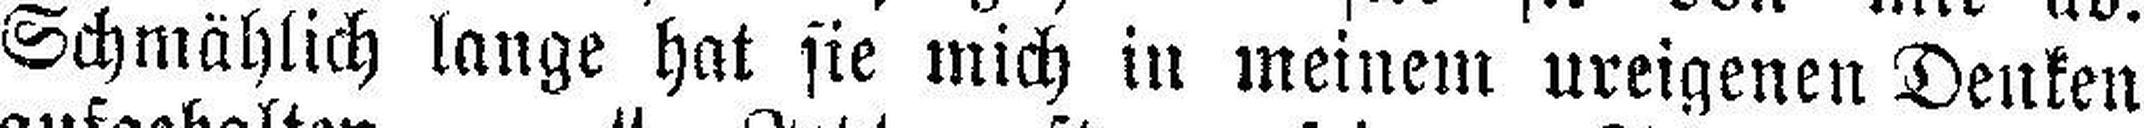
Schmählich lange hat sie mich in meinem ureigenen Denken